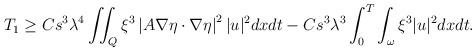
LaTeX: \begin{align*}\begin{aligned}T_1\geq C s^3 \lambda^4 \iint_Q \xi^3\left|A \nabla \eta \cdot \nabla \eta \right|^2|u|^2 dx dt-C s^3 \lambda^3\int_0^T \int_{\omega} \xi^3|u|^2 dx dt.\end{aligned}\end{align*}